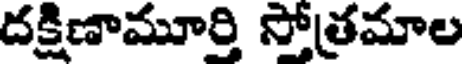
దక్షిణామూర్తి స్తోత్రమాల